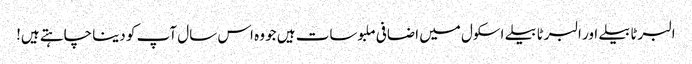
البرٹا بیلے اور البرٹا بیلے اسکول میں اضافی ملبوسات ہیں جو وہ اس سال آپ کو دینا چاہتے ہیں!